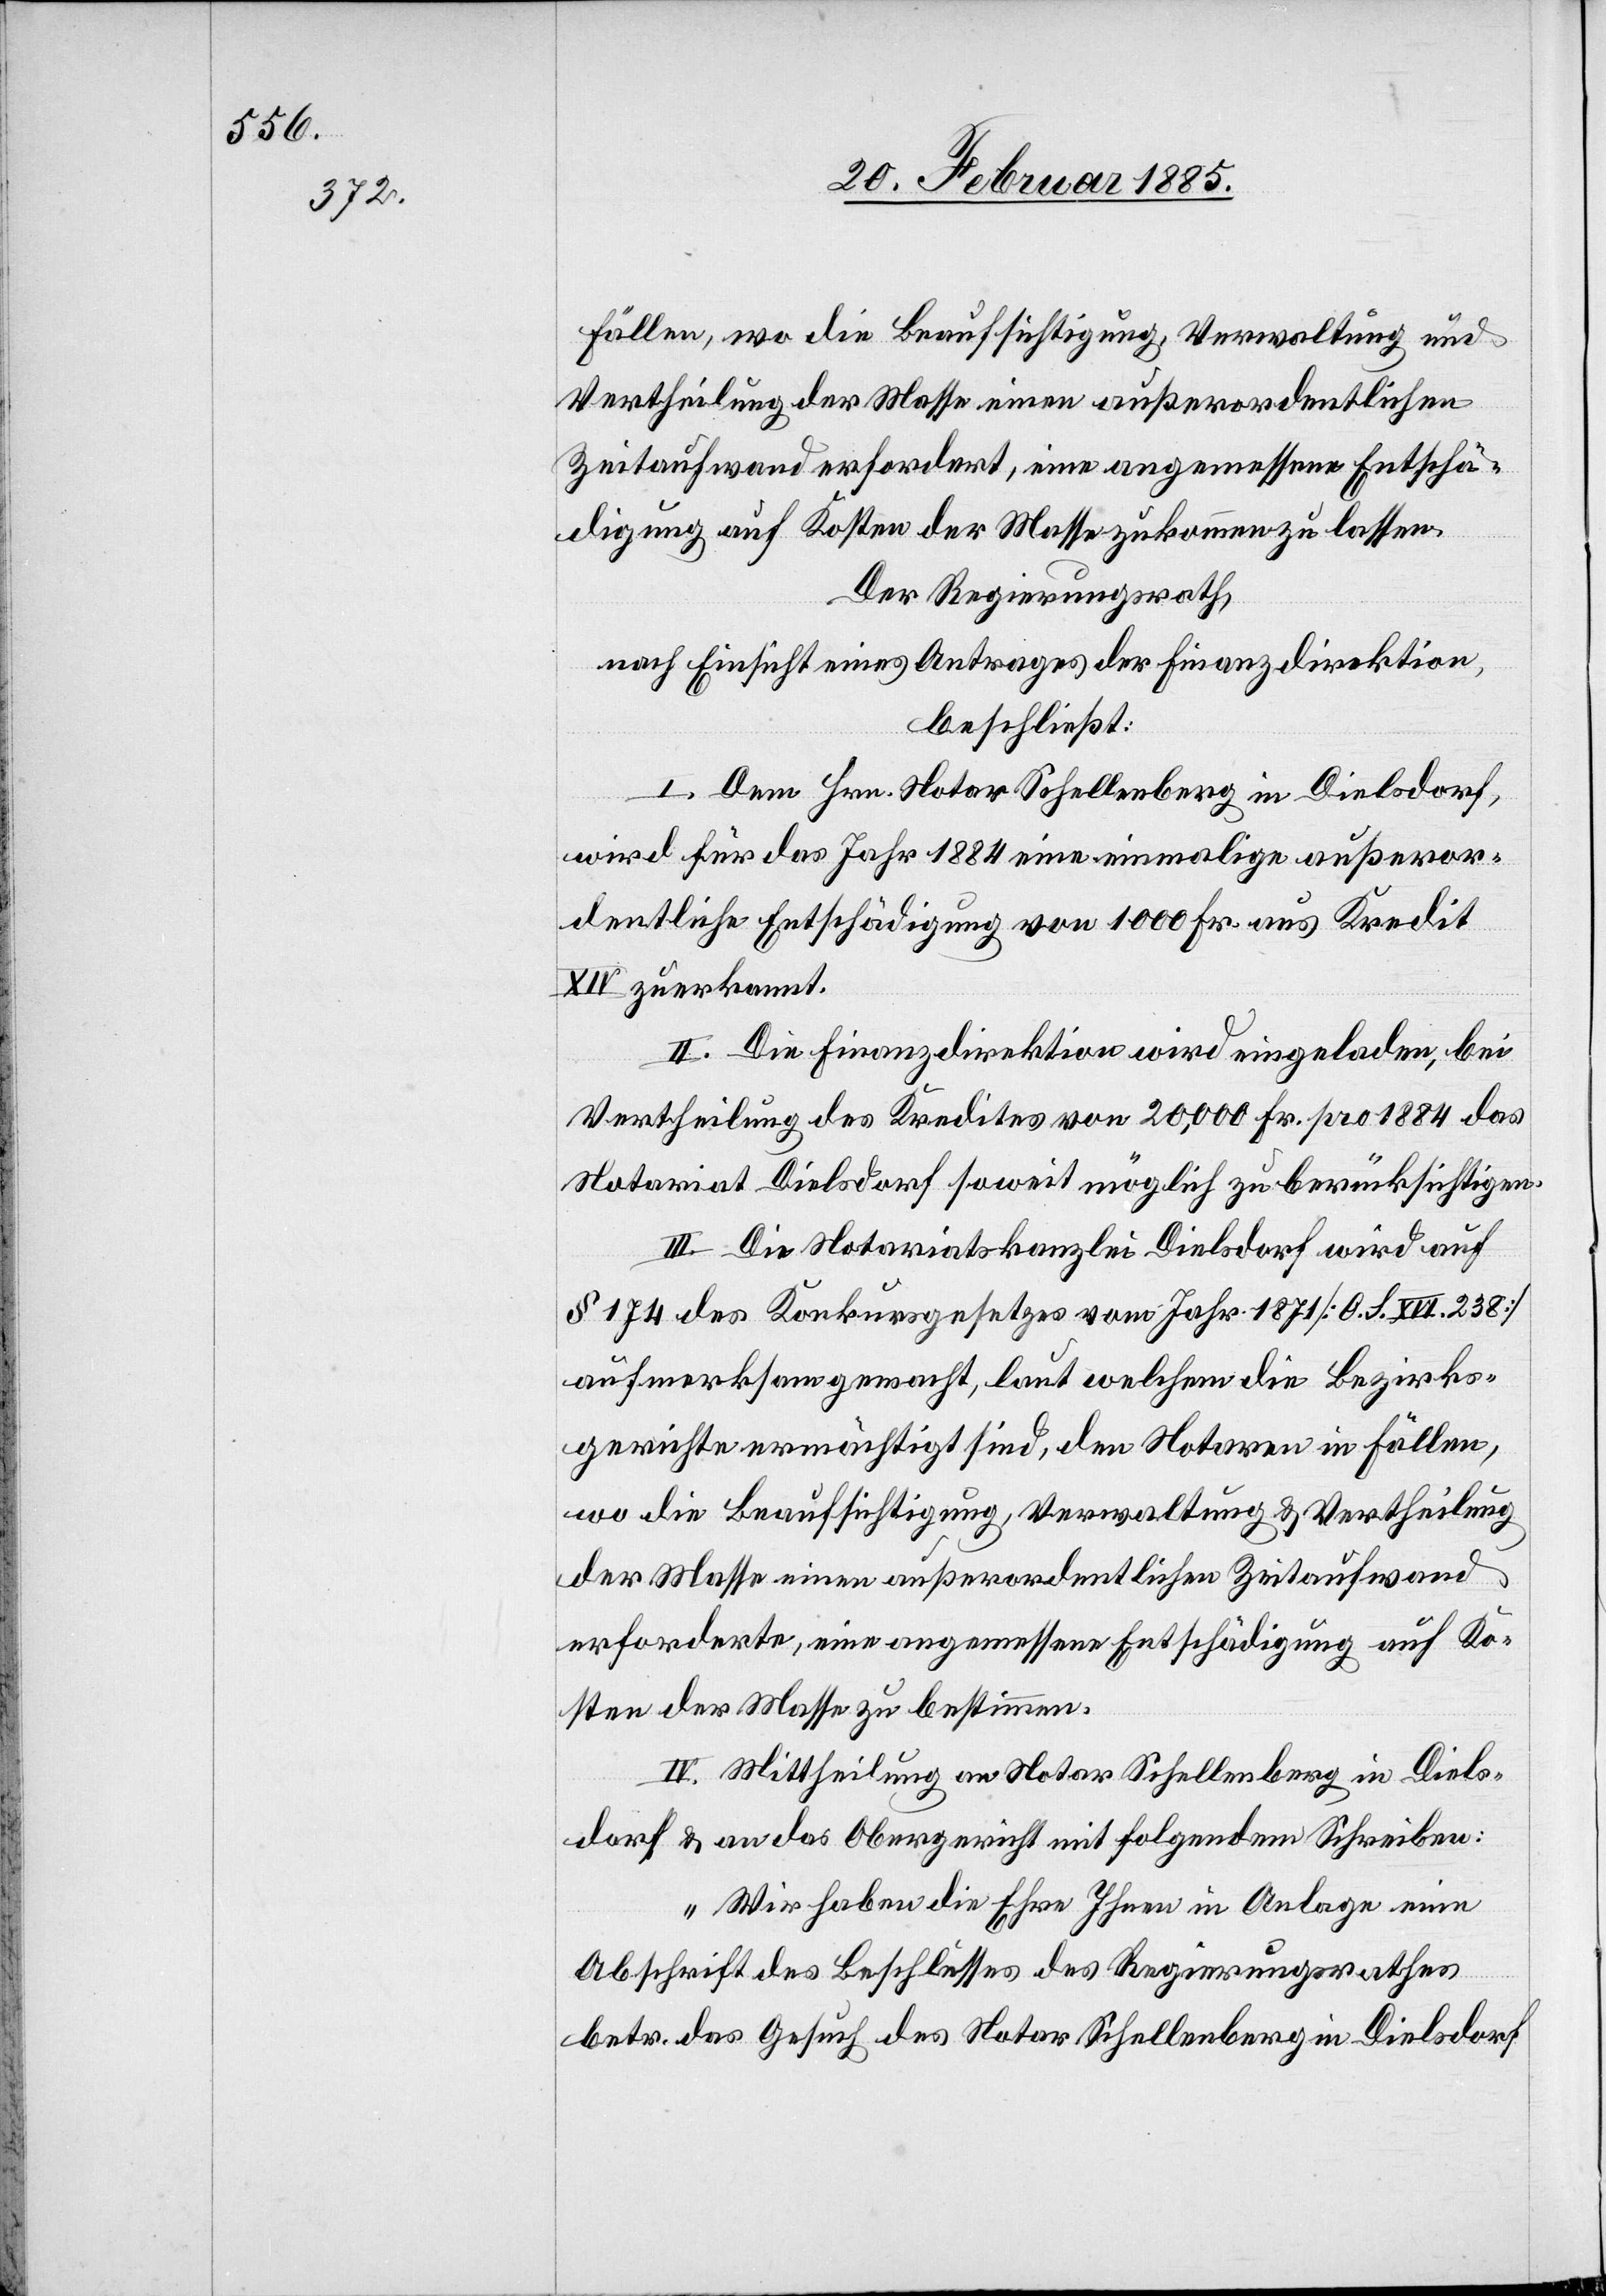
Fällen, wo die Beaufsichtigung, Verwaltung und
Vertheilung der Maße einen außerordentlichen
Zeitaufwand erfordert, eine angemessene Entschä¬
digung auf Kosten der Masse zukommen zu lassen.
Der Regierungsrath,
nach Einsicht eines Antrages der Finanzdirektion,
beschließt:
I. Dem Hrn. Notar Schellenberg in Dielsdorf,
wird für das Jahr 1884 eine einmalige außeror¬
dentliche Entschädigung von 1000 Fr. aus Kredit
XIV zuerkannt.
II. Die Finanzdirektion wird eingeladen, bei
Vertheilung des Kredites von 20,000 Fr. pro 1884 das
Notariat Dielsdorf soweit möglich zu berücksichtigen.
III. Die Notariatskanzlei Dielsdorf wird auf
§ 174 des Konkursgesetzes vom Jahr 1871 [O. S. XVI. 238]
aufmerksam gemacht, laut welchem die Bezirks¬
gerichte ermächtigt sind, den Notaren in Fällen,
wo die Beaufsichtigung, Verwaltung & Vertheilung
der Masse einer außerordentlichen Zeitaufwand
erforderte, eine angemessene Entschädigung auf Ko¬
sten der Masse zu bestimmen.
IV. Mittheilung an Notar Schellenberg in Diels¬
dorf & an das Obergericht mit folgendem Schreiben:
„Wir haben die Ehre Ihnen in Anlage eine
Abschrift des Beschlusses des Regierungsrathes
betr. das Gesuch des Notar Schellenberg in Dielsdorf